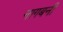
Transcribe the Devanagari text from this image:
नागबनी